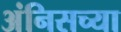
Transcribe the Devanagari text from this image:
अंनिसच्या